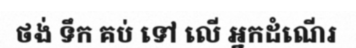
ថង់ ទឹក គប់ ទៅ លើ អ្នកដំណើរ